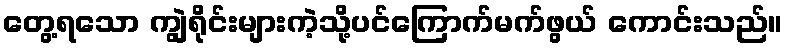
တွေ့ရသော ကျွဲရိုင်းများကဲ့သို့ပင်ကြောက်မက်ဖွယ် ကောင်းသည်။